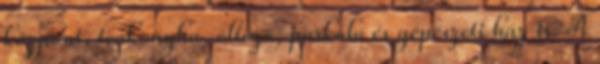
központ, teakonyha, öltöző, parkoló és gépészeti ház is. A